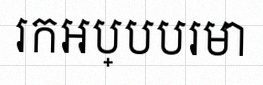
រកអប្បបរមា